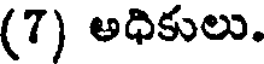
(7) అధికులు.